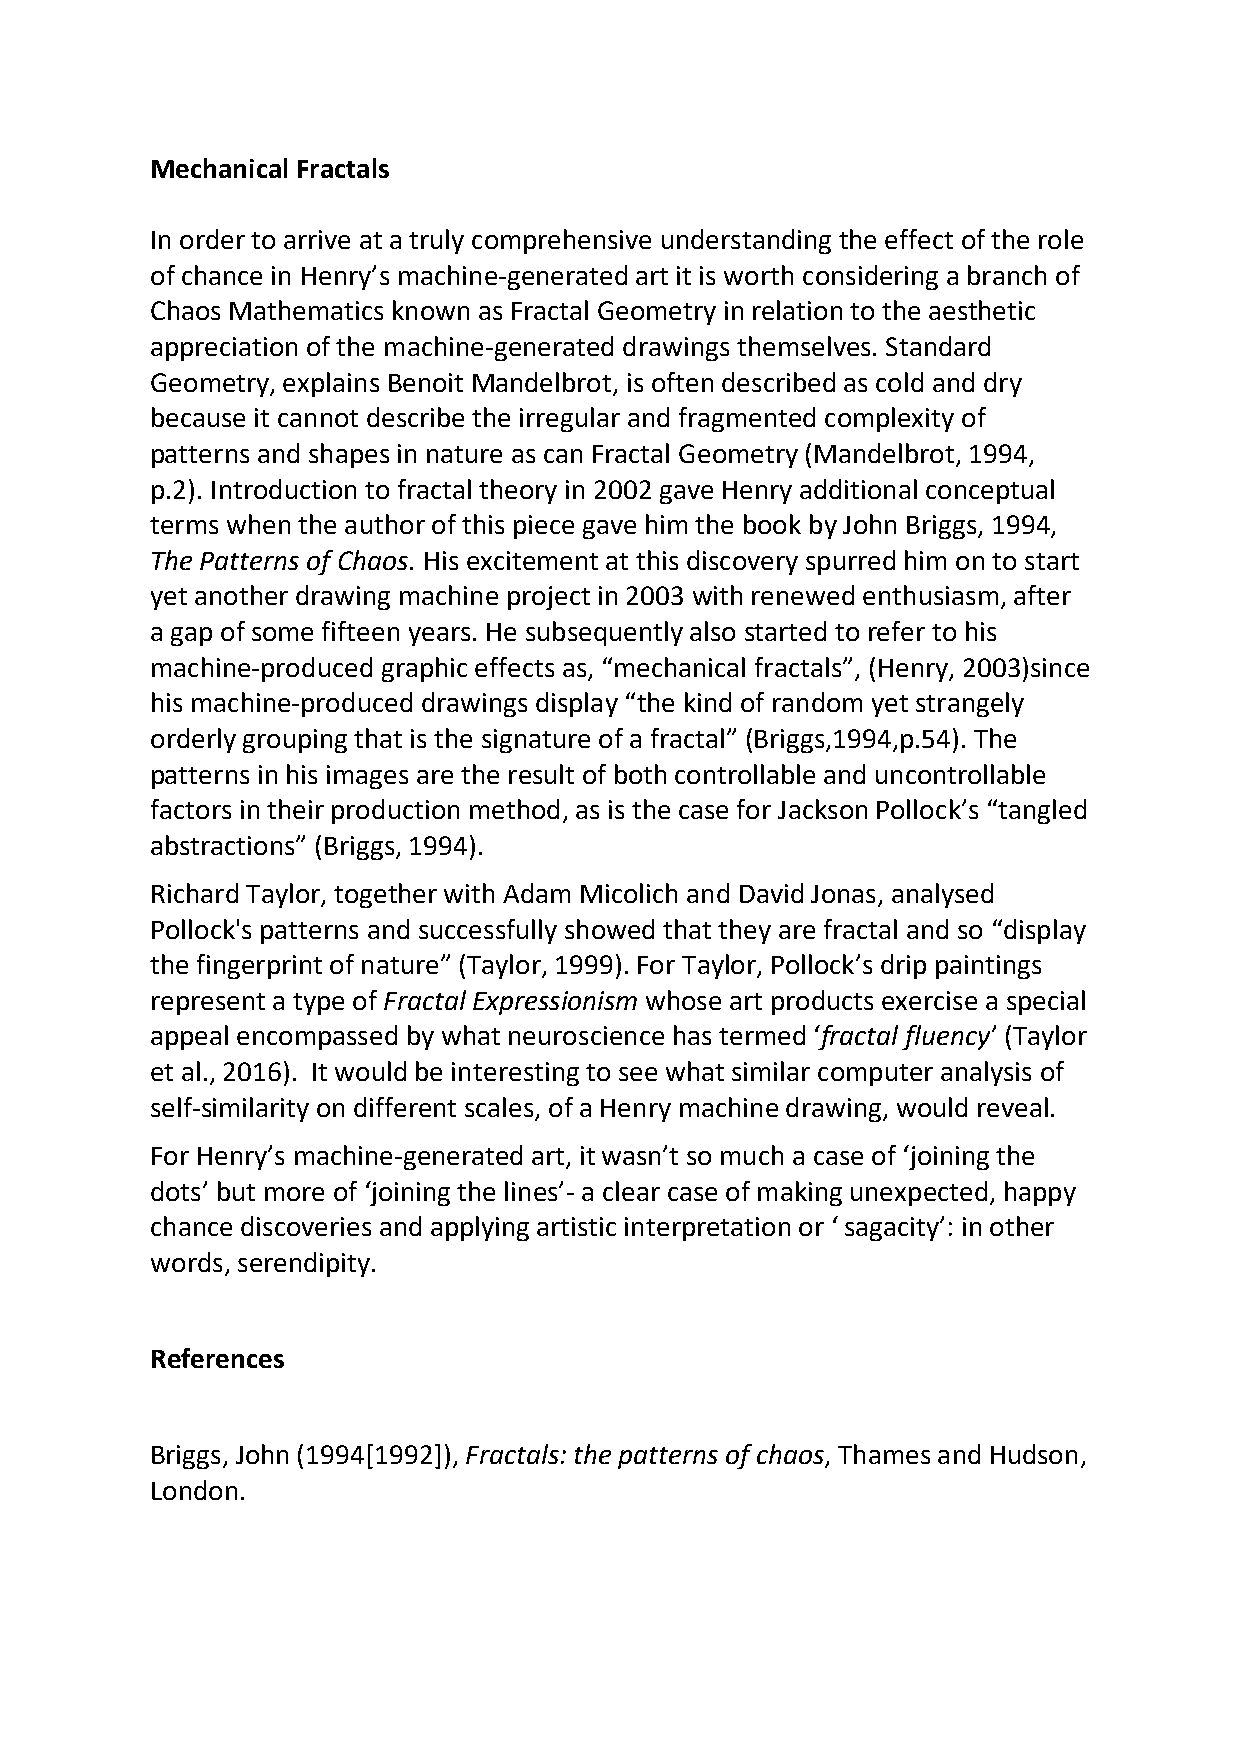
Mechanical Fractals
 In order to arrive at a truly comprehensive understanding the effect of the role
 of chance in Henry’s machine-generated art it is worth considering a branch of
 Chaos Mathematics known as Fractal Geometry in relation to the aesthetic
 appreciation of the machine-generated drawings themselves. Standard
 Geometry, explains Benoit Mandelbrot, is often described as cold and dry
 because it cannot describe the irregular and fragmented complexity of
 patterns and shapes in nature as can Fractal Geometry (Mandelbrot, 1994,
 p.2). Introduction to fractal theory in 2002 gave Henry additional conceptual
 terms when the author of this piece gave him the book by John Briggs, 1994,
 The Patterns of Chaos. His excitement at this discovery spurred him on to start
 yet another drawing machine project in 2003 with renewed enthusiasm, after
 a gap of some fifteen years. He subsequently also started to refer to his
 machine-produced graphic effects as, “mechanical fractals”, (Henry, 2003)since
 his machine-produced drawings display “the kind of random yet strangely
 orderly grouping that is the signature of a fractal” (Briggs,1994,p.54). The
 patterns in his images are the result of both controllable and uncontrollable
 factors in their production method, as is the case for Jackson Pollock’s “tangled
 abstractions” (Briggs, 1994).
 Richard Taylor, together with Adam Micolich and David Jonas, analysed
 Pollock's patterns and successfully showed that they are fractal and so “display
 the fingerprint of nature” (Taylor, 1999). For Taylor, Pollock’s drip paintings
 represent a type of Fractal Expressionism whose art products exercise a special
 appeal encompassed by what neuroscience has termed ‘fractal fluency’ (Taylor
 et al., 2016). It would be interesting to see what similar computer analysis of
 self-similarity on different scales, of a Henry machine drawing, would reveal.
 For Henry’s machine-generated art, it wasn’t so much a case of ‘joining the
 dots’ but more of ‘joining the lines’- a clear case of making unexpected, happy
 chance discoveries and applying artistic interpretation or ‘ sagacity’: in other
 words, serendipity.
 References
 Briggs, John (1994[1992]), Fractals: the patterns of chaos, Thames and Hudson,
 London.